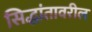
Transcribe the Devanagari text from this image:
सिद्धांतावरील